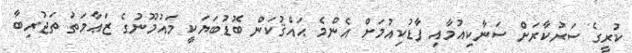
ކުރީގެ ސަރުކާރަށް ސަނާކިއުމާއި ފާޑުކިއުމަށް އެންމެ ޙައްޤުކަން ބޮޑުބަޔަކީ މައުމޫނުގެ ޒަޢާމަތު ތަޖުރިބާ